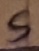
Text: S